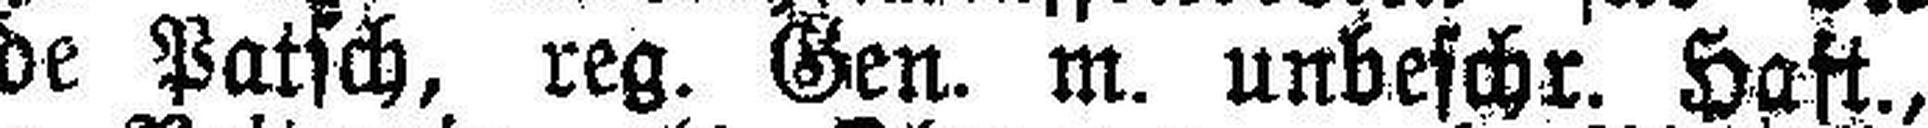
Pfarrgemeinde Patsch, reg. Gen. m. unbefchr. Haft.,